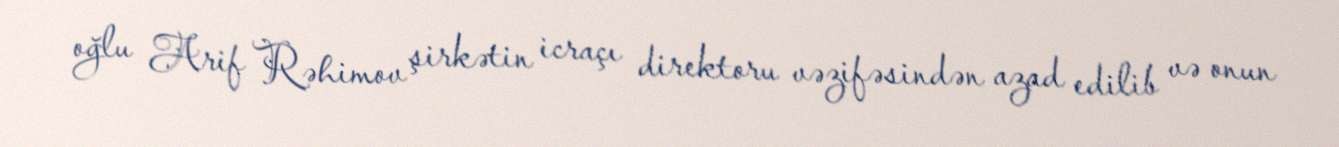
oğlu Arif Rəhimov şirkətin icraçı direktoru vəzifəsindən azad edilib və onun